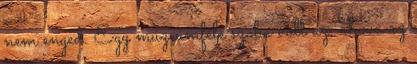
nem enged. Egy múzeumféle szoba volt az, ahova az